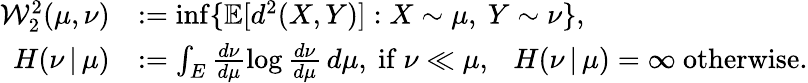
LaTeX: \begin{array}{rl}{\mathcal{W}_{2}^{2}(\mu,\nu)}&{:=\operatorname*{inf}\{ {\mathbb E}[d^{2}(X,Y)]:X\sim\mu,\ Y\sim\nu\} ,}\\ {H(\nu\, |\, \mu)}&{:=\int_{E}\frac{d\nu}{d\mu}\log\frac{d\nu}{d\mu}\, d\mu,\ \mathrm{if~}\nu\ll\mu,\ \ \ H(\nu\, |\, \mu)=\infty\ \mathrm{otherwise}.}\end{array}